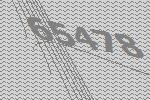
65478